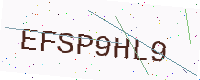
Text: EFSP9HL9